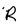
Character: R